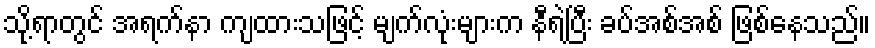
သို့ရာတွင် အရက်နာ ကျထားသဖြင့် မျက်လုံးများက နီရဲပြီး ခပ်အစ်အစ် ဖြစ်နေသည်။